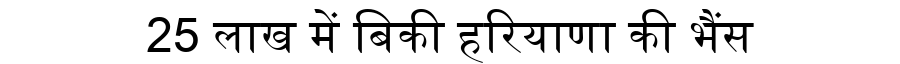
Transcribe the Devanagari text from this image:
25 लाख में बिकी हरियाणा की भैंस